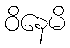
ဝိနေမိ